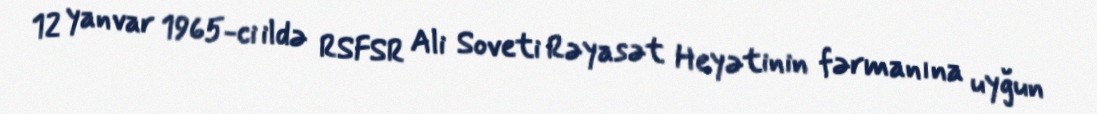
12 yanvar 1965-ci ildə RSFSR Ali Soveti Rəyasət Heyətinin fərmanına uyğun